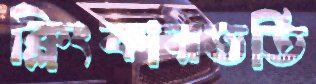
ক্লিংকারভর্তি